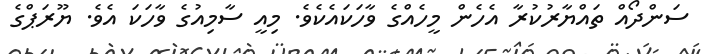
ސަންދޯއް ތައްޔާރުކުރާ އެހެން މީހެއްގެ ވާހަކައެކެވެ. މިއީ ސާމިއުގެ ވާހަކަ އެވެ. ޔޫރަޕްގެ